King Institute of Preventive Medicine Micro-Biological Section reports 1909-11
Year: 1909
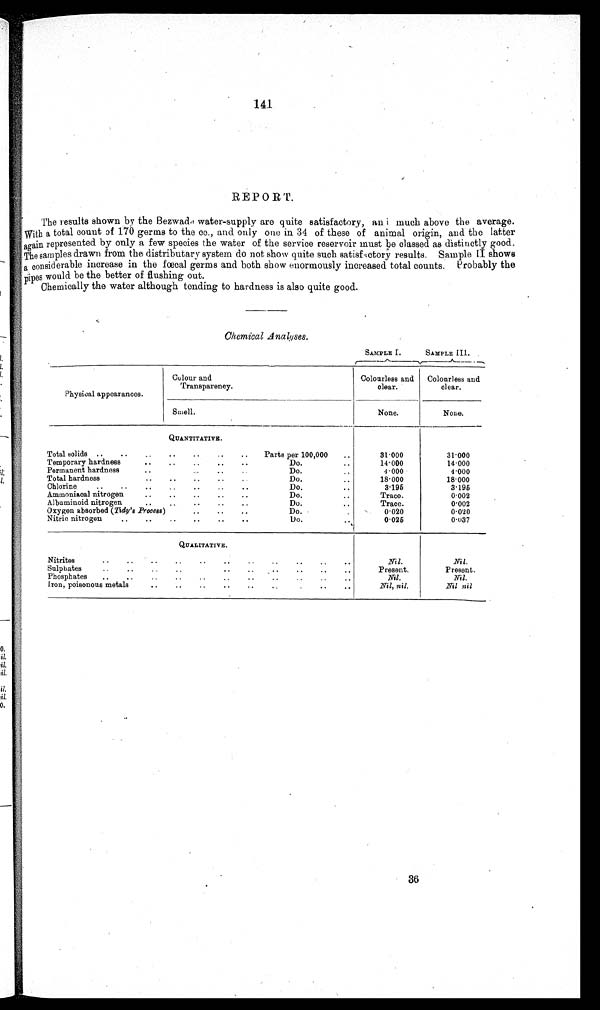
141
REPORT.
The results shown by the Bezwadd water-supply are quite satisfactory, an i much above the average.
With a total count of 170 germs to the cc., and only one in 34 of these of animal origin, and the latter
again represented by only a few species the water of the service reservoir must be classed as distinctly good.
The samples drawn from the distributary system do not show quite such satisfactory results. Sample II shows
a considerable increase in the faecal germs and both show enormously increased total counts. Probably the
iipes would be the better of flushing out.
Chemically the water although tending to hardness is also quite good.
Chemical .Anakses.
SAMPLE I.
SAMPLE III.
r
1.
Colour and
Colourless and
Colourless and
Transparency.
clear.
clear.
Physical appearances.
Siuell.
None.
None.
QUANTITATIVE.
Total solids .
Parts per 100,000
31.000
31.000
Temporary hardness
Do.
14.000
14000
Permanent hardness
•.•
Do.
4.000
4.000
Total hardness
Do.
18.000
18.000
Chlorine
..
Do.
3.195
3.195
Ammoniacal nitrogen
Do.
Trace.
0.002
Albuminoid nitrogen
Do.
Trace.
0.002
Oxygen absorbed (Tidy's _Process)
Do.
0.020
0.0'20
Nitric nitrogen
..
Do.
0.025
0.037
QUALITATIVE.
Nitrites
Nil.
Nil.
Sulphates
Present.
Present.
Phosphates
..
Nil.
Nil.
Iron, poisonous metals
Nil, nil.
Nil nil
0.
a.
0.
36